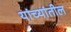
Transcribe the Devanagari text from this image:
यांच्यांतील